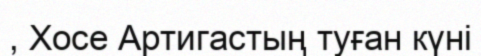
, Хосе Артигастың туған күні